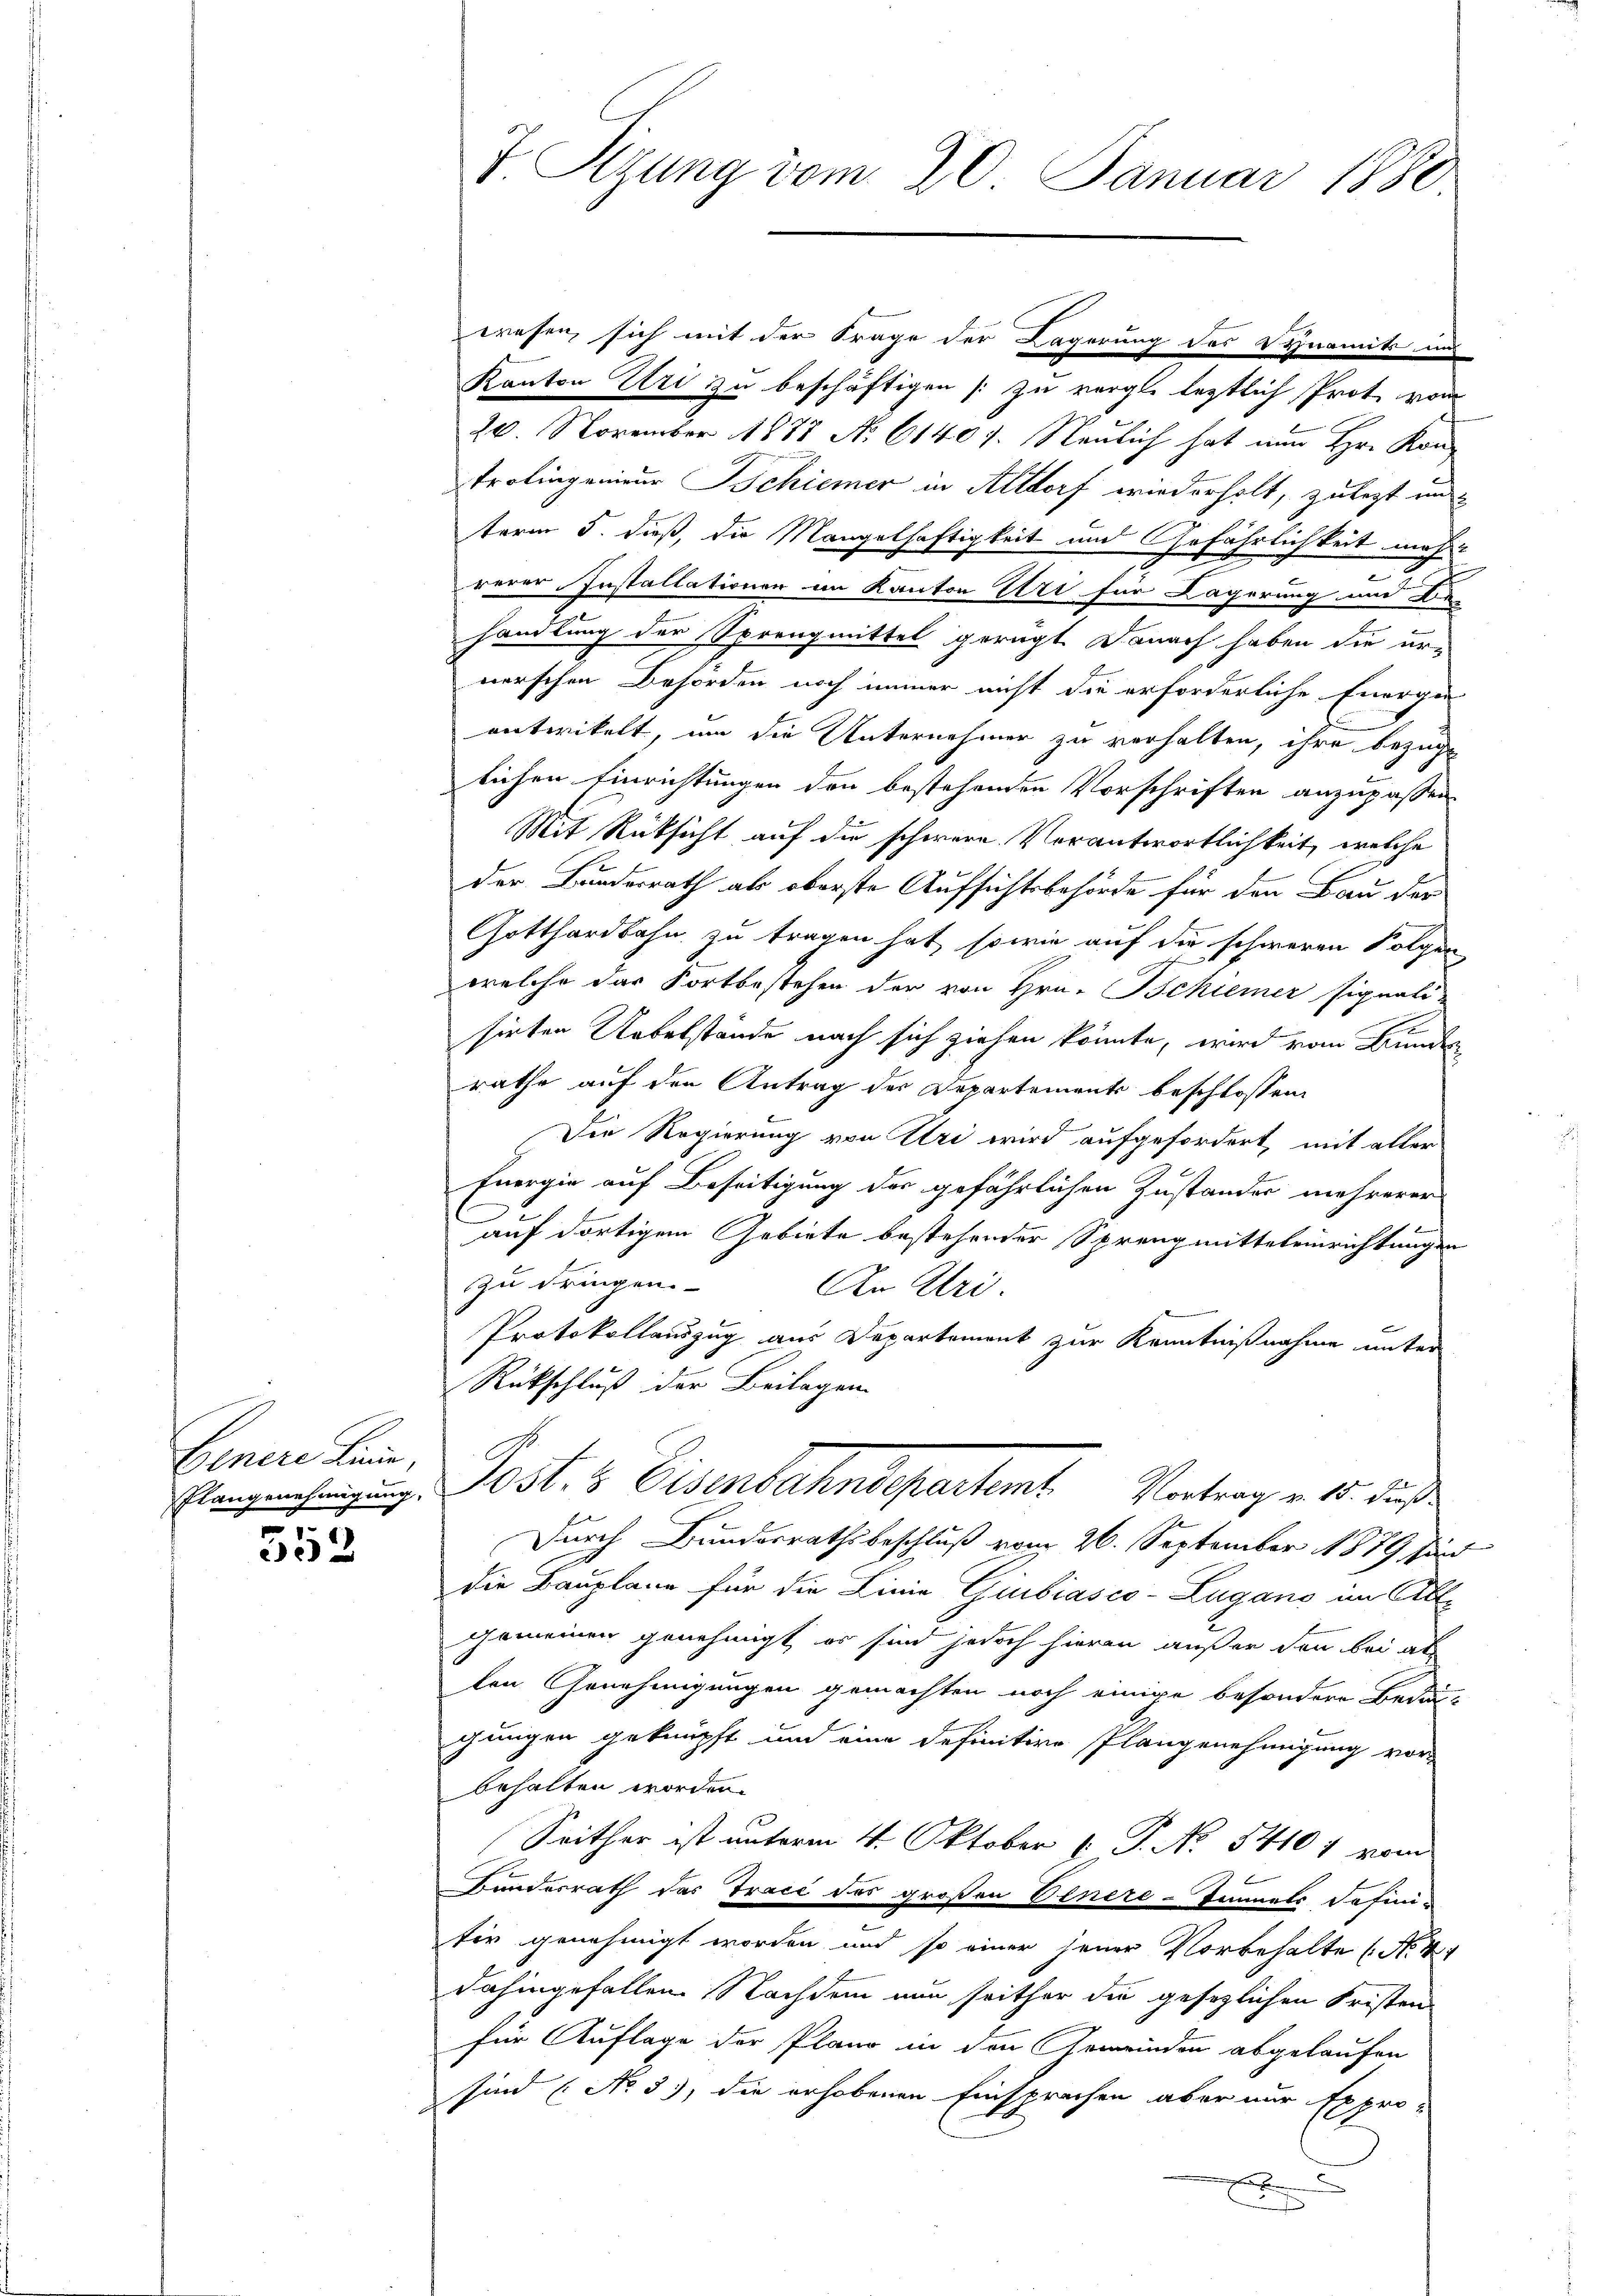
Genere Linie
Elangenehmigung.

552

wesen, sich mit der Frage der Lagerung des Synamik und
Kanton Uri zu beschäftigen (: zu vergle letztlich Prot vom
20. November 1888 No 61407. Neulich hat nun Hr. Kontrolingenieur schiener in Altdorf wiederholt, zu legt un
term 5. dieß, die Mangelhaftigkeit und Gefährlichkeit meh-
rerer Installationen im Kanton Uri für Lagerung und Be-
handlung der Sprengmittel gerügt. Danach haben die er-
nerschen Behörden noch immer nicht die erforderliche Energe
entwickelt, um die Unternehmer zu verhalten, ihre bezüge
2
lichen Einrichtungen den bestehenden Vorschriften anzupassen
Mit Rücksicht auf die schwere Verantwortlichkeit, welche
der Bundesrath als oberste Aufsichtsbehörde für den Bau der
Gotthardbahn zu tragen hat, sowie auf die schweren Folgen
welche das Fortbestehen der von Hrn. Bchiener signali-
sirten Uebelstände nach sich ziehen könnte, wird vom Bundes
rathe auf den Antrag der Departements beschlossen,
Die Regierung von Uri wird aufgefordert, mit aller
Energie auf Beseitigung des gefährlichen Zustander mehrerer
b
auf dortigem Gebiete bestehender Sprengmitteleinrichtungen
zu dringen. |
An Uri.
Protokollauszug aus Departement zur Kenntnißnahme unter
Rückschluß der Beilagen
Post. 3 Eisenbahndepartent Vertrag v. 15. ds.
Durch Bundesrathsbeschluß vom 26. September 1879 sind
die Bauplane für die Linie Giubiasco-Lugano im All
Gemeinen genehmigt, es sind jedoch hieran außer den bei al
len Genehmigungen gemachten noch einige besondere Bedau-
chungen geknüpft und eine definitive Plangenehmigung vor
behalten worden.
Seither ist unterm 4. Oktober P. No. 54101 vom
Bundesrath das Tracé des großen Venere-Zimels defini-
tir genehmigt worden und so einer jener Vorbehalte (Nr. 4
dahingefallen. Nachdem nun seither die gesezlichen Fristen
für Auflage der Pland in den Gemeinden abgelaufen
sind (No 5), die erhobenen Einsprachen aber nur Expro-
x

T. Sizung vom 20. Januar 1880